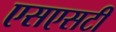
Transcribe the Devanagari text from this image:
एसएसटी